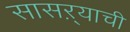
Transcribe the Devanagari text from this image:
सासऱ्याची